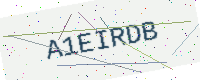
Text: A1EIRDB